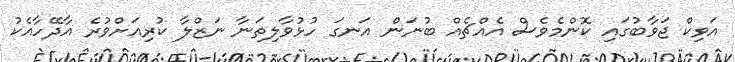
އަވިކް ޖަވާބުގައި ކޮންމެވެސް އެއްޗެއް ބުނަން އަނގަ ހުޅުވާލިތަނާ ނަޒްލާ ކުރިއަށްވުރެ އާދޭހާއެކު